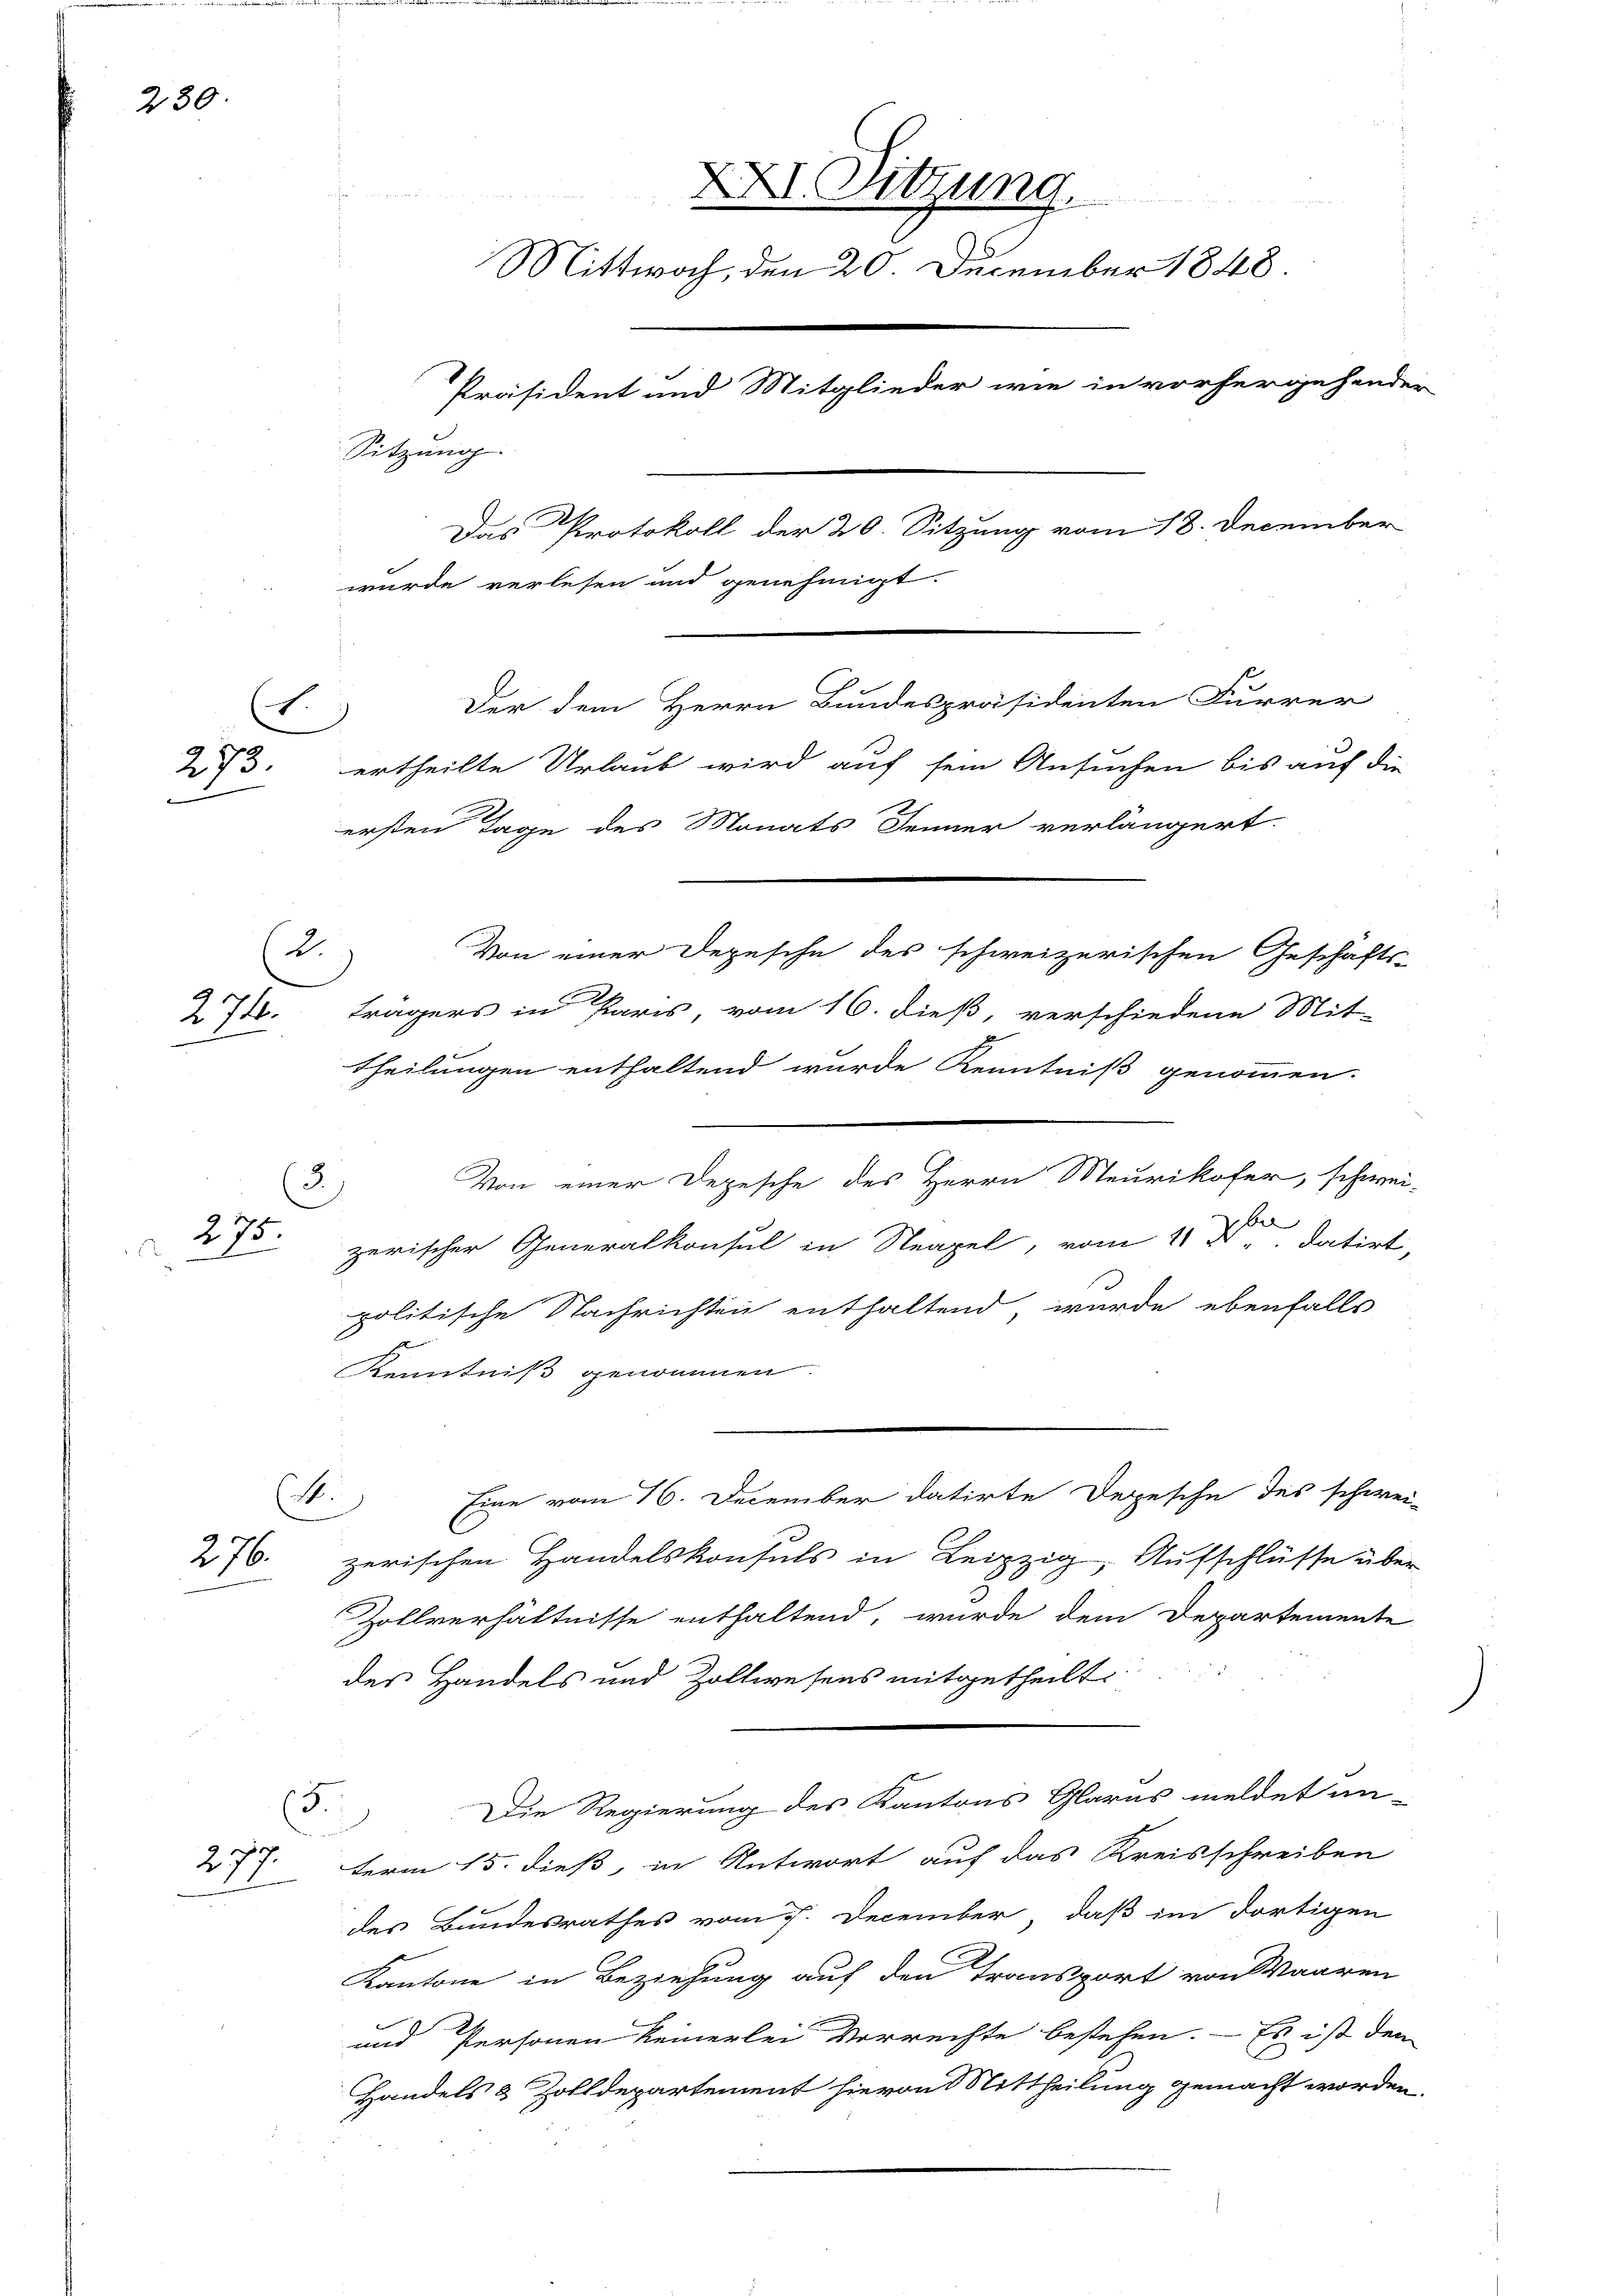
230.

273.
i

274.

E

2.

275.

276.

7.
27

2)

XXI. Sitzung.
Mittwoch, den 20. December 1848.
Präsident und Mitglieder wie in vorhergehender
Sitzung
1
Das Protokoll der 20. Sitzung vom 18. December
wurde verlesen und genehmigt.
Der dem Herrn Bundespräsidenten Furrer
ertheilte Urlaub wird auf sein Ansuchen bis auf die
ersten Tage des Monats Jenner verlängert.
Von einer Depesche des schweizerischen Geschäfts-

trägers in Paris, vom 16. dieß, verschiedene Mit-
Theilungen enthaltend wurde Kenntniß genommen.
Von einer Depesche des Herrn Meurikofer, schwei-
zerischer Generalkonsul in Neapel, vom 11. datirt,
politische Nachrichten enthaltend wurde ebenfalls
Kenntniß genommen.
Eine vom 16. December datirte Depesche des schwei-
(4.
zerischen Handelskonsuls in Leipzig, Aufschlüsse über
Zollverhältnisse enthaltend, wurde dem Departemente
des Handels und Zollwesens mitgetheilt.
Die Regierung des Kantons Glarus meldet an-
5.
term 15. dieß, in Antwort auf das Kreisschreiben
des Bundesrathes vom 5. December, daß im dortigen
Kantone in Beziehung auf den Transport von Waaren
und Personen keinerlei Vorrechte bestehen. – Es ist den
Handels & Zolldepartement hievon Mittheilung gemacht worden.